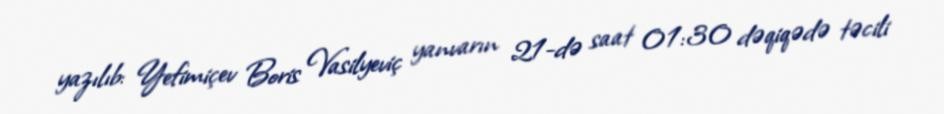
yazılıb: Yefimiçev Boris Vasilyeviç yanvarın 21-də saat 01:30 dəqiqədə təcili